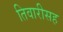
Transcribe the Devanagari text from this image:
तिवारीसह